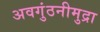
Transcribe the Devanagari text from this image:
अवगुंठनीमुद्रा